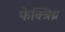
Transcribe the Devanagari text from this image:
फेक्त्रिय्र